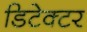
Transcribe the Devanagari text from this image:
डिटेक्‍टर